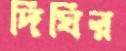
দিঘির